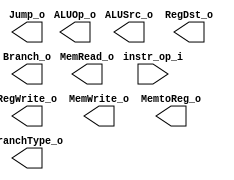
module Decoder( instr_op_i, RegWrite_o,	ALUOp_o, ALUSrc_o, RegDst_o, Jump_o, Branch_o, BranchType_o, MemWrite_o, MemRead_o, MemtoReg_o);
     
//I/O ports
input	[6-1:0] instr_op_i;

output			RegWrite_o;
output	[3-1:0] ALUOp_o;
output			ALUSrc_o;
output	[2-1:0]	RegDst_o, MemtoReg_o;
output			Jump_o, Branch_o, BranchType_o, MemWrite_o, MemRead_o;
 
//Internal Signals
wire	[3-1:0] ALUOp_o;
wire			ALUSrc_o;
wire			RegWrite_o;
wire	[2-1:0]	RegDst_o, MemtoReg_o;
wire			Jump_o, Branch_o, BranchType_o, MemWrite_o, MemRead_o;

//Main function
/*your code here*/
endmodule